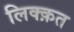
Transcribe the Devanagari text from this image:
लिक्क़त